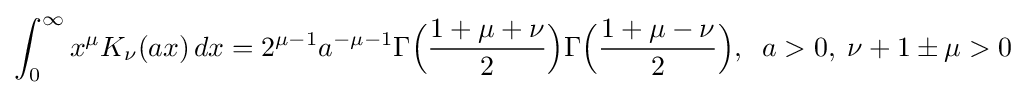
\int _{0}^{\infty }x^{\mu }K_{\nu }(ax)\,dx=2^{\mu -1}a^{-\mu -1}\Gamma {\Big (}{\frac {1+\mu +\nu }{2}}{\Big )}\Gamma {\Big (}{\frac {1+\mu -\nu }{2}}{\Big )},\;\;a>0,\;\nu +1\pm \mu >0